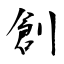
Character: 創